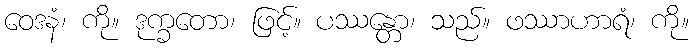
ဝေဒနံ၊ ကို။ ဒုက္ခတော၊ ဖြင့်။ ပဿန္တော၊ သည်။ ဖဿာဟာရံ၊ ကို။